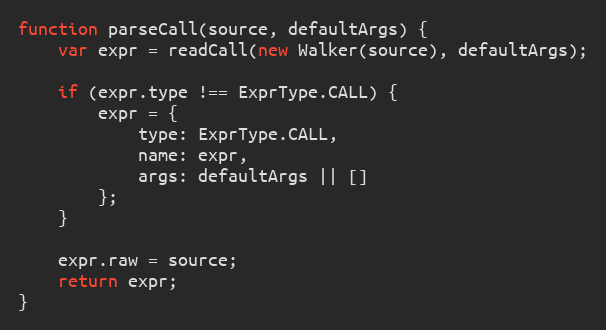
Language: JavaScript
function parseCall(source, defaultArgs) {
    var expr = readCall(new Walker(source), defaultArgs);

    if (expr.type !== ExprType.CALL) {
        expr = {
            type: ExprType.CALL,
            name: expr,
            args: defaultArgs || []
        };
    }

    expr.raw = source;
    return expr;
}